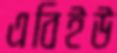
এবিইউ